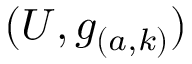
( U , g _ { ( a , k ) } )